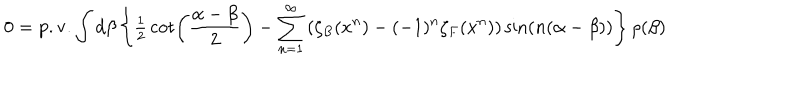
0 = \mathrm { p . v . } \int { d \beta } \left\{ { { \textstyle { \frac { 1 } { 2 } } } \cot \left( { { \frac { \alpha - \beta } { 2 } } } \right) - \sum _ { n = 1 } ^ { \infty } { \left( { \zeta _ { B } ( x ^ { n } ) - ( - 1 ) ^ { n } \zeta _ { F } ( x ^ { n } ) } \right) \sin \left( { n ( \alpha - \beta ) } \right) } } \right\} \rho ( \beta )